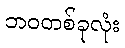
ဘဝတစ်ခုလုံး